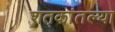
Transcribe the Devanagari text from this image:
शतकांतल्या